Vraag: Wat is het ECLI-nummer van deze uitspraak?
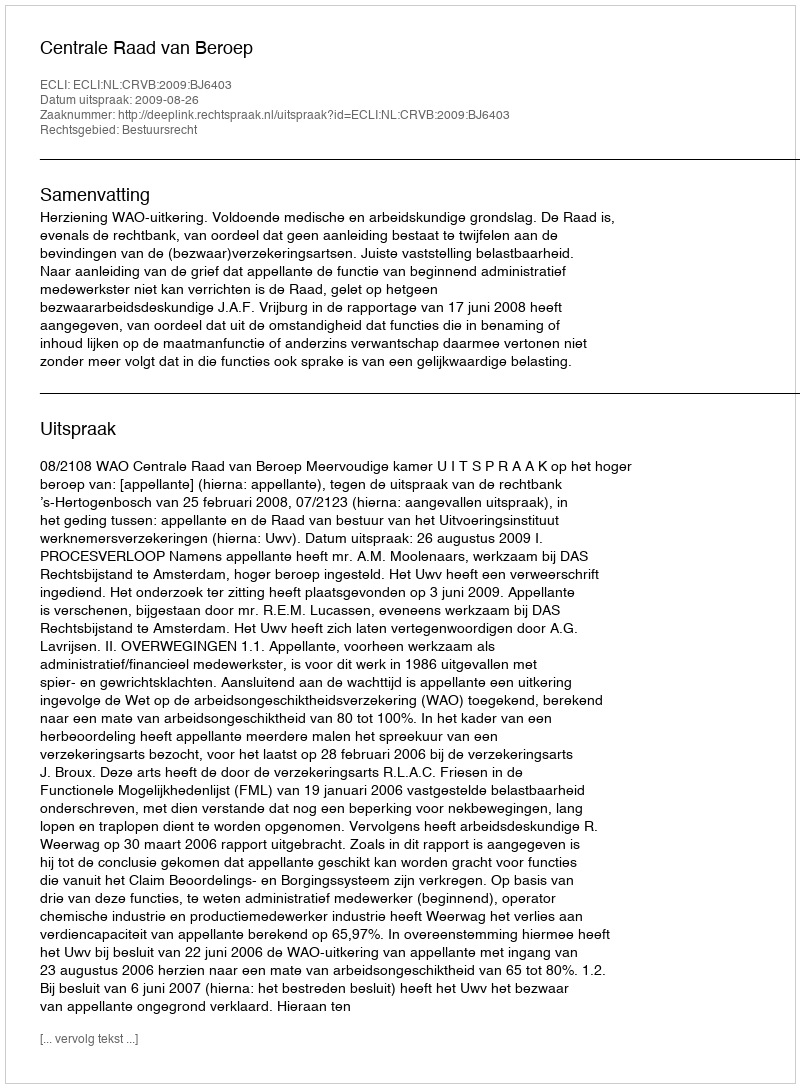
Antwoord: ECLI:NL:CRVB:2009:BJ6403